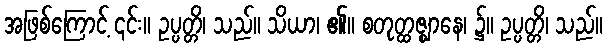
အဖြစ်ကြောင့် ၎င်း။ ဥပ္ပတ္တိ၊ သည်။ သိယာ၊ ၏။ စတုတ္ထဇ္ဈာနေ၊ ၌။ ဥပ္ပတ္တိ၊ သည်။